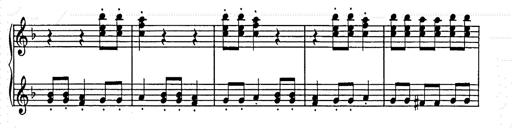
Title: Weihnachtsbaum
Composer: Franz Liszt